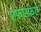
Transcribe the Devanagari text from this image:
एफएफए